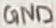
Text: GND